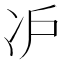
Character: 𰃸